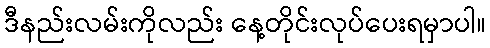
ဒီနည်းလမ်းကိုလည်း နေ့တိုင်းလုပ်ပေးရမှာပါ။